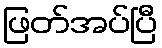
ဖြတ်အပ်ပြီ